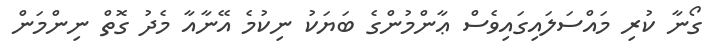
ގޯނާ ކުރި މައްސަލައިގައިވެސް ޢާންމުންގެ ބަޔަކު ނިކުމެ އޭނާއާ މެދު ގޮތް ނިންމަން